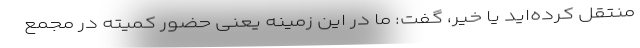
منتقل کرده‌اید یا خیر، گفت: ما در این زمینه یعنی حضور کمیته در مجمع